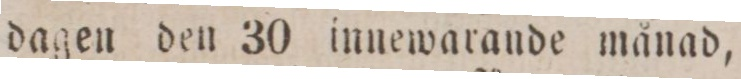
dagen den 30 innewarande månad,